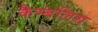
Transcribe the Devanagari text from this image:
कैम्बलिस